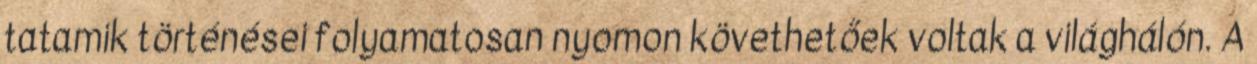
tatamik történései folyamatosan nyomon követhetőek voltak a világhálón. A